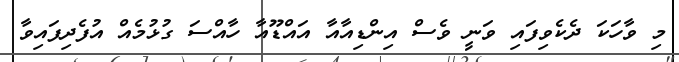
މި ވާހަކަ ދެކެވިފައި ވަނީ ވެސް އިންޑިއާއާ އައްޑޫއާ ހާއްސަ ގުޅުމެއް އުފެދިފައިވާ